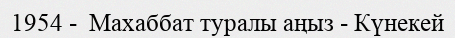
1954 -  Махаббат туралы аңыз - Күнекей